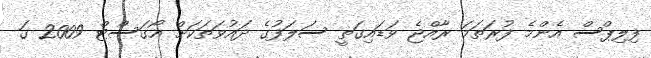
ފިލިޕްސް އެންމެ ފުރަތަމަ ރާއްޖެ ވަޑައިގަތީ ސަލަފުގެ ދައުވަތަކަށް އޯގަސްޓް 2009 ގަ